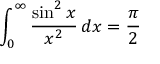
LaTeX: \int _ { 0 } ^ { \infty } { \frac { \sin ^ { 2 } { x } } { x ^ { 2 } } } \, d x = { \frac { \pi } { 2 } }